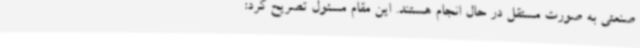
صنعتی به صورت مستقل در حال انجام هستند. این مقام مسئول تصریح کرد: